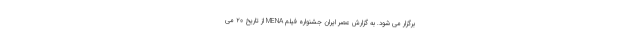
برگزار می شود. به گزارش عصر ايران جشنواره فیلم MENA از تاریخ 20 می